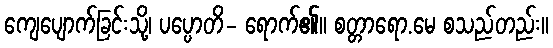
ကျေပျောက်ခြင်းသို့၊ ပပ္ပောတိ- ရောက်၏။ စတ္တာရော.မေ စသည်တည်း။